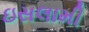
ઇસલામી